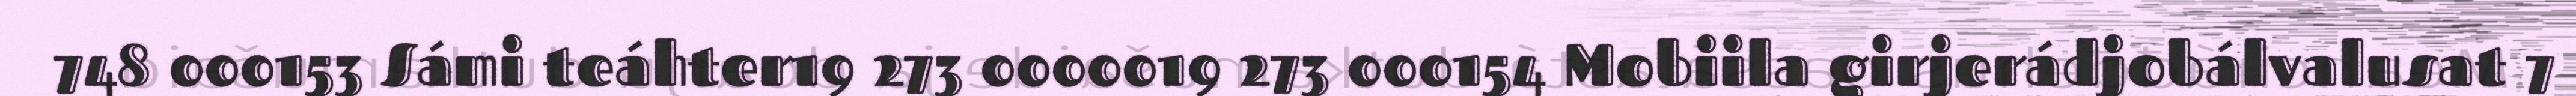
748 000153 Sámi teáhter19 273 0000019 273 000154 Mobiila girjerádjobálvalusat 7